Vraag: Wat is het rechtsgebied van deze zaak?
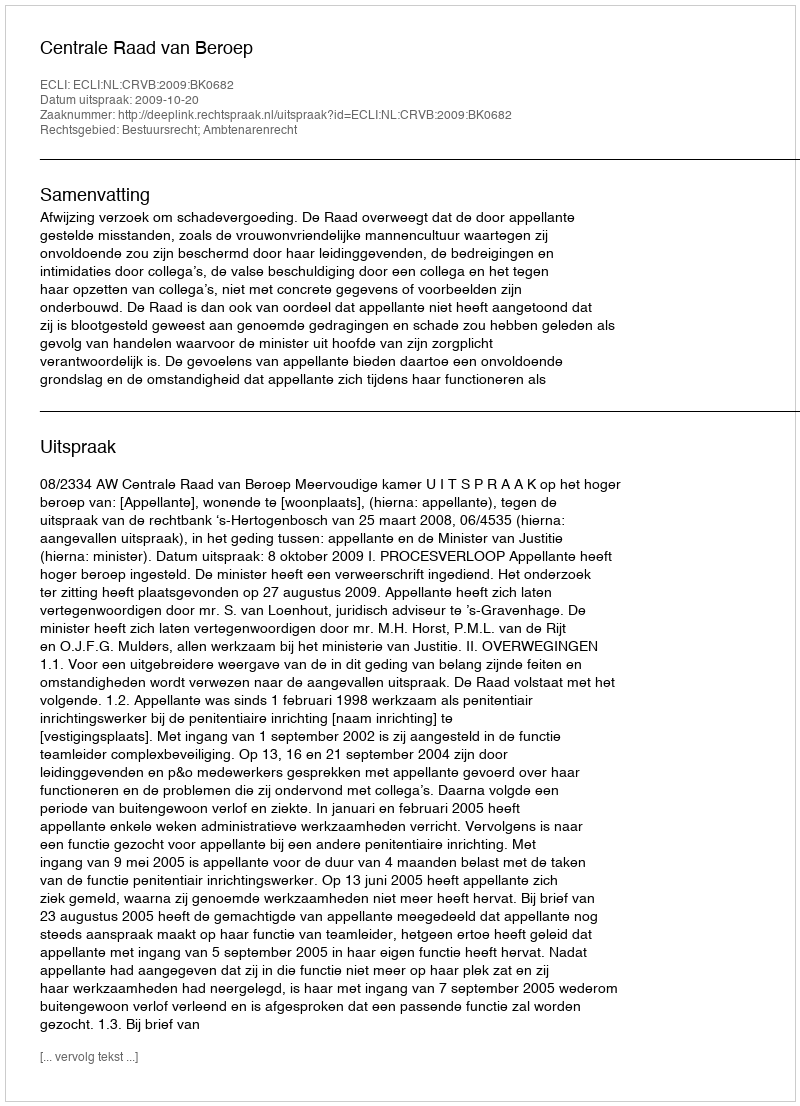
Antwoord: Bestuursrecht; Ambtenarenrecht